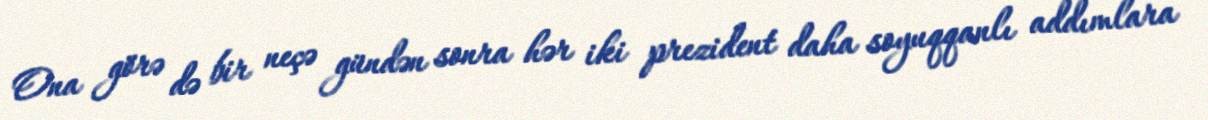
Ona görə də bir neçə gündən sonra hər iki prezident daha soyuqqanlı addımlara